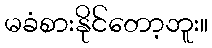
မခံစားနိုင်တော့ဘူး။